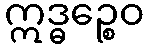
ဣဒ္ဓဉ္စေဝ